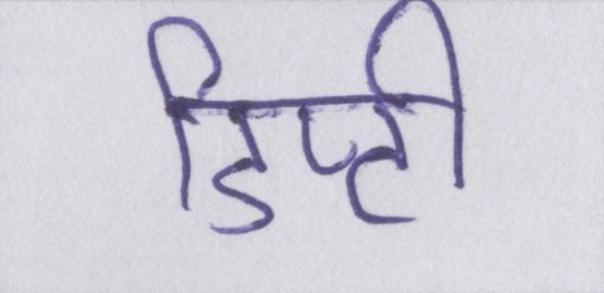
डिप्टी